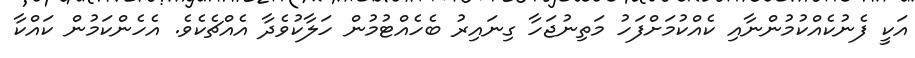
އަކީ ފެނުކެއްކުމުންނާއި ކެއްކުމަށްފަހު މަތިނުޖަހާ ގިނައިރު ބެހެއްޓުމުން ހަލާކުވެދާ އެއްޗެކެވެ. އެހެންކަމުން ކައްކާ